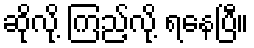
ဆိုလို့ ကြည့်လို့ ရနေပြီ။